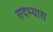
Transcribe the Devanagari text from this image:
सदभ्यास